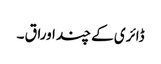
ڈائری کے چند اوراق ۔